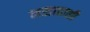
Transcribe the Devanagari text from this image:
मसाहाशी